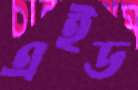
এইড